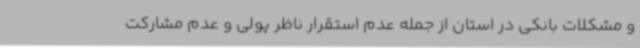
و مشکلات بانکی در استان از جمله عدم استقرار ناظر پولی و عدم مشارکت